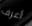
أعرف